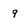
Character: 9